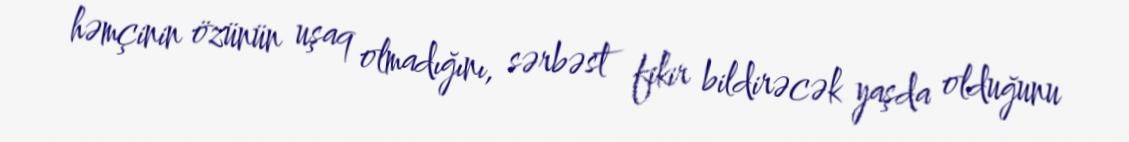
həmçinin özünün uşaq olmadığını, sərbəst fikir bildirəcək yaşda olduğunu